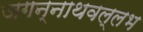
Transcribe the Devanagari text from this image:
जगन्नाथवल्लभ